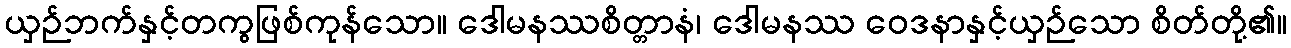
ယှဉ်ဘက်နှင့်တကွဖြစ်ကုန်သော။ ဒေါမနဿစိတ္တာနံ၊ ဒေါမနဿ ဝေဒနာနှင့်ယှဉ်သော စိတ်တို့၏။